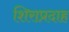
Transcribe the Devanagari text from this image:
शिराप्रदाह